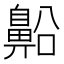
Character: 𪖝